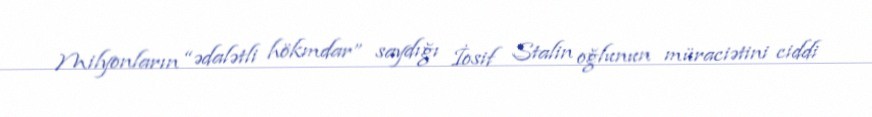
Milyonların “ədalətli hökmdar” saydığı İosif Stalin oğlunun müraciətini ciddi